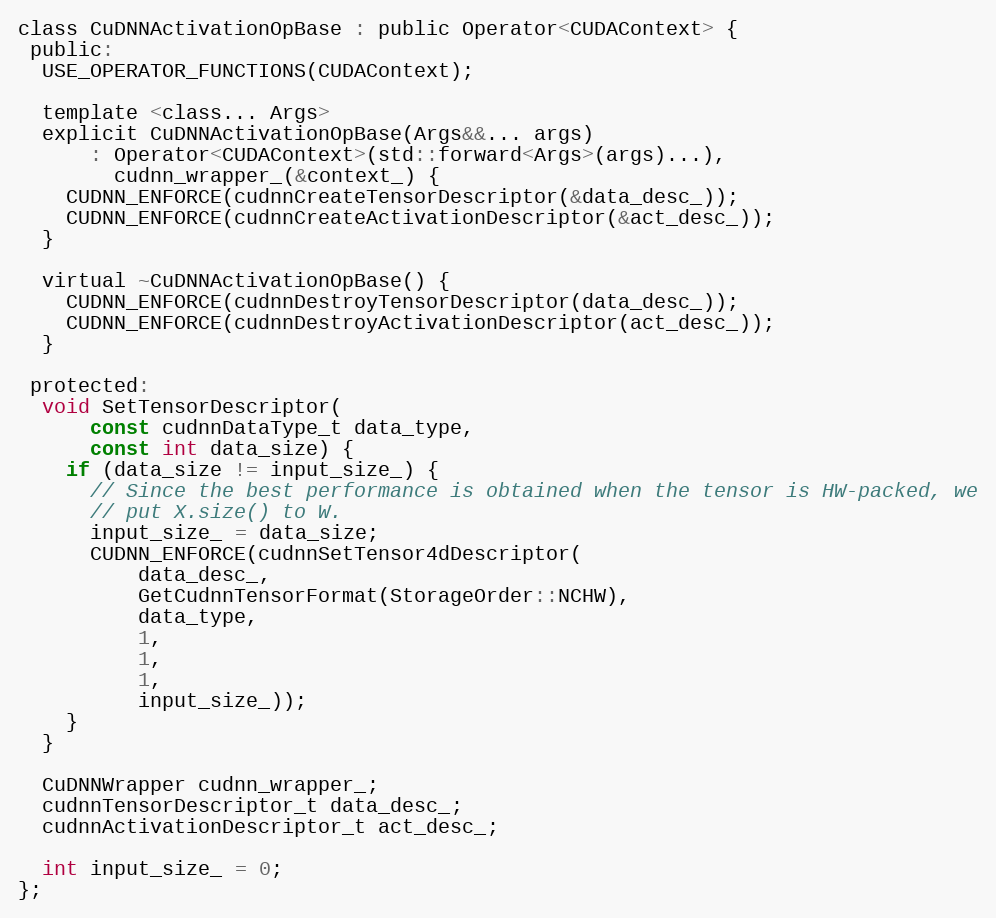
Language: C
class CuDNNActivationOpBase : public Operator<CUDAContext> {
 public:
  USE_OPERATOR_FUNCTIONS(CUDAContext);

  template <class... Args>
  explicit CuDNNActivationOpBase(Args&&... args)
      : Operator<CUDAContext>(std::forward<Args>(args)...),
        cudnn_wrapper_(&context_) {
    CUDNN_ENFORCE(cudnnCreateTensorDescriptor(&data_desc_));
    CUDNN_ENFORCE(cudnnCreateActivationDescriptor(&act_desc_));
  }

  virtual ~CuDNNActivationOpBase() {
    CUDNN_ENFORCE(cudnnDestroyTensorDescriptor(data_desc_));
    CUDNN_ENFORCE(cudnnDestroyActivationDescriptor(act_desc_));
  }

 protected:
  void SetTensorDescriptor(
      const cudnnDataType_t data_type,
      const int data_size) {
    if (data_size != input_size_) {
      // Since the best performance is obtained when the tensor is HW-packed, we
      // put X.size() to W.
      input_size_ = data_size;
      CUDNN_ENFORCE(cudnnSetTensor4dDescriptor(
          data_desc_,
          GetCudnnTensorFormat(StorageOrder::NCHW),
          data_type,
          1,
          1,
          1,
          input_size_));
    }
  }

  CuDNNWrapper cudnn_wrapper_;
  cudnnTensorDescriptor_t data_desc_;
  cudnnActivationDescriptor_t act_desc_;

  int input_size_ = 0;
};